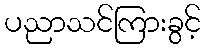
ပညာသင်ကြားခွင့်